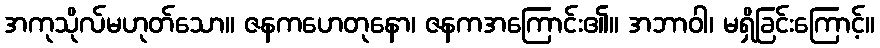
အကုသိုလ်မဟုတ်သော။ ဇနကဟေတုနော၊ ဇနကအကြောင်း၏။ အဘာဝါ၊ မရှိခြင်းကြောင့်။